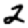
Digit: 2